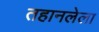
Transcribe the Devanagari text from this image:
तहानलेला